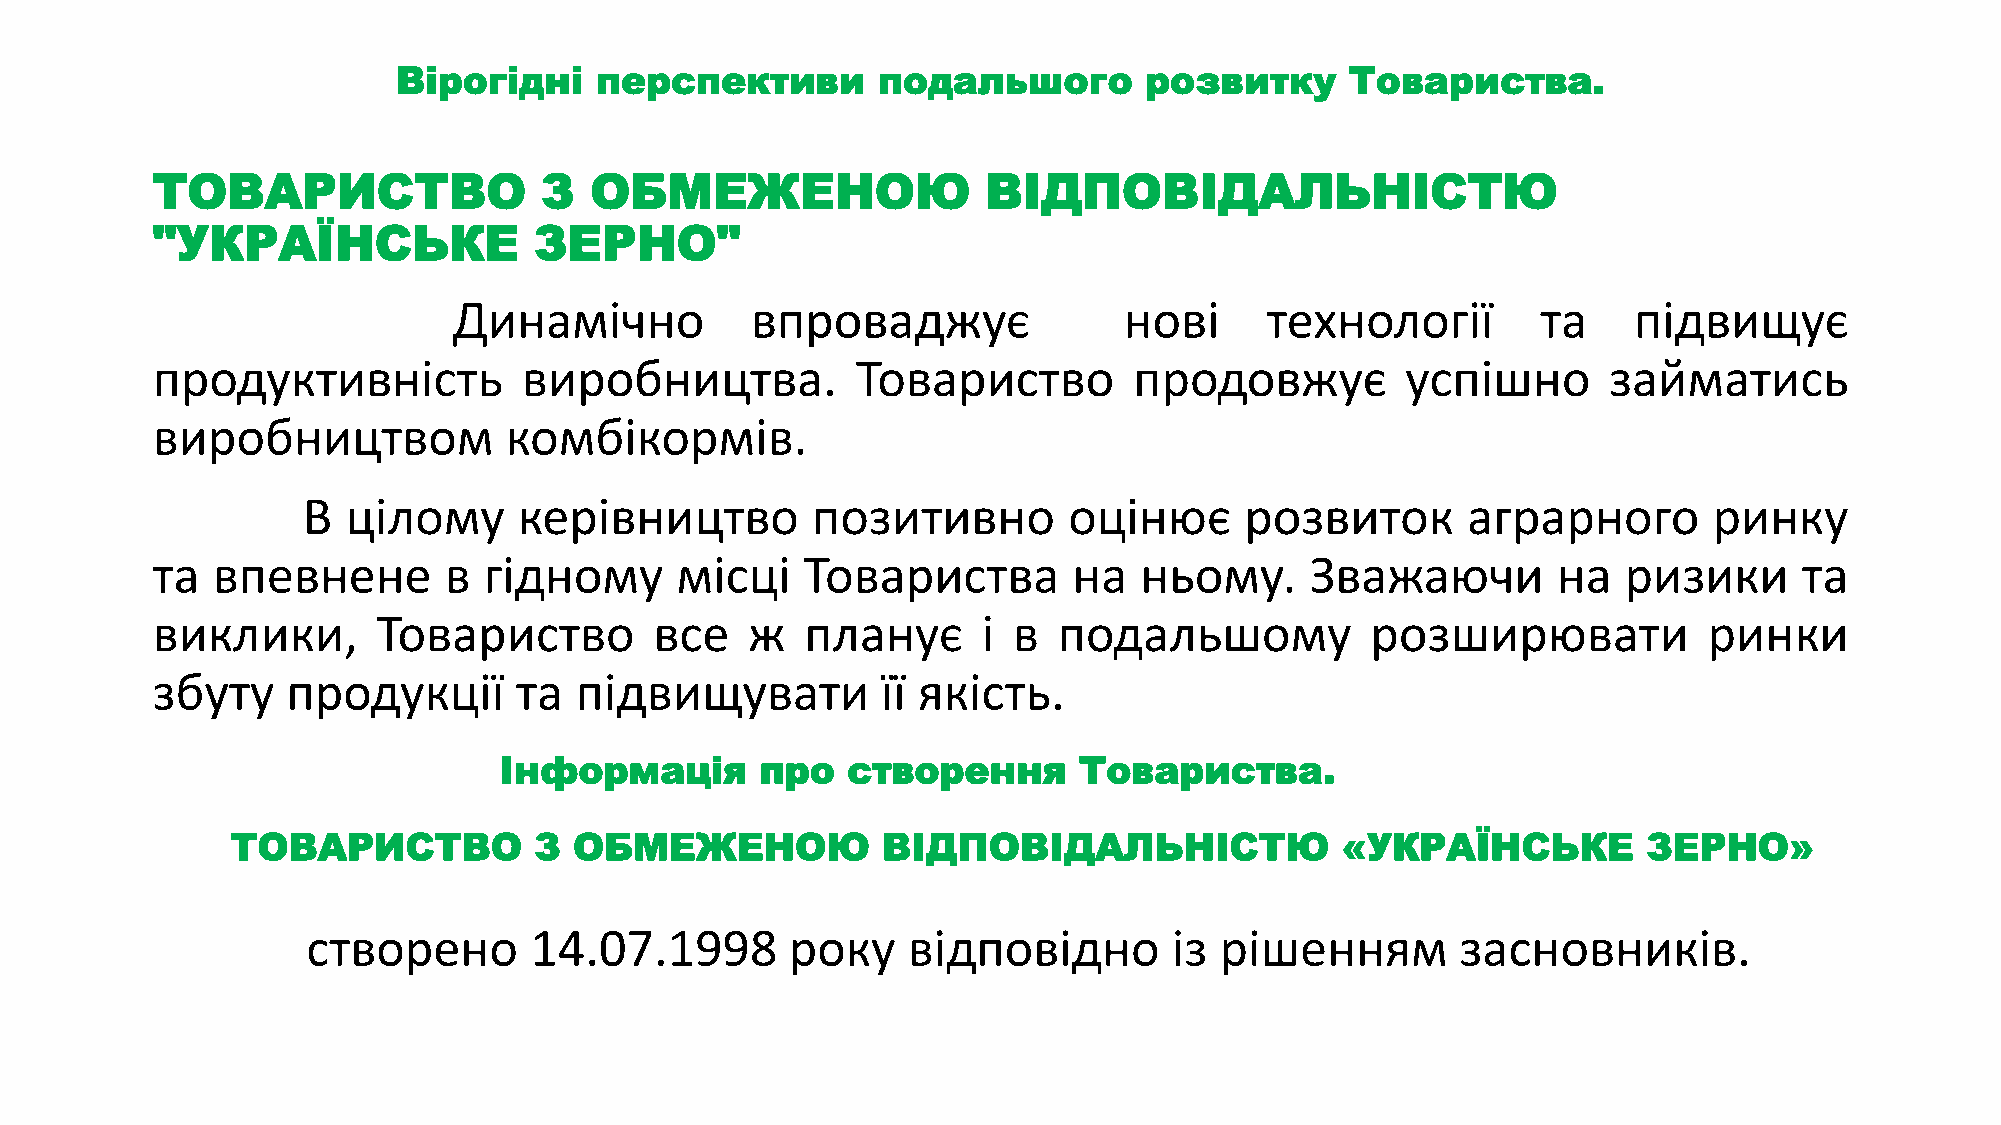
Вірогідні    перспективи        подальшого        розвитку     Товариства.
 ТОВАРИСТВО                З  ОБМЕЖЕНОЮ                 ВІДПОВІДАЛЬНІСТЮ
 "УКРАЇНСЬКЕ              ЗЕРНО"
 Динамічно           впроваджує              нові      технології        та    підвищує
 продуктивність           виробництва.          Товариство        продовжує         успішно      займатись
 виробництвом           комбікормів.
 В  цілому     керівництво         позитивно        оцінює     розвиток       аграрного       ринку
 та  впевнене       в  гідному      місці   Товариства        на  ньому.      Зважаючи        на   ризики     та
 виклики,       Товариство        все   ж   планує      і в  подальшому           розширювати           ринки
 збуту    продукції      та  підвищувати         її якість.
 Інформація       про   створення      Товариства.
 ТОВАРИСТВО          З  ОБМЕЖЕНОЮ           ВІДПОВІДАЛЬНІСТЮ               «УКРАЇНСЬКЕ         ЗЕРНО»
 створено       14.07.1998       року    відповідно        із рішенням        засновників.